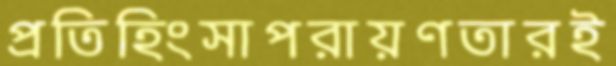
প্রতিহিংসাপরায়ণতারই